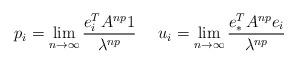
LaTeX: \begin{align*}p_i = \lim_{n\to\infty} \frac{e_i^T A^{np} 1}{ \lambda^{np}} \ \ \ \ u_i = \lim_{n\to\infty} \frac{e_\ast^T A^{np} e_i}{\lambda^{np}}\end{align*}